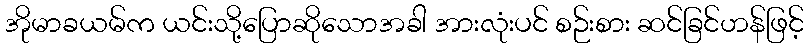
အိုမာခယမ်က ယင်းသို့ပြောဆိုသောအခါ အားလုံးပင် စဉ်းစား ဆင်ခြင်ဟန်ဖြင့်